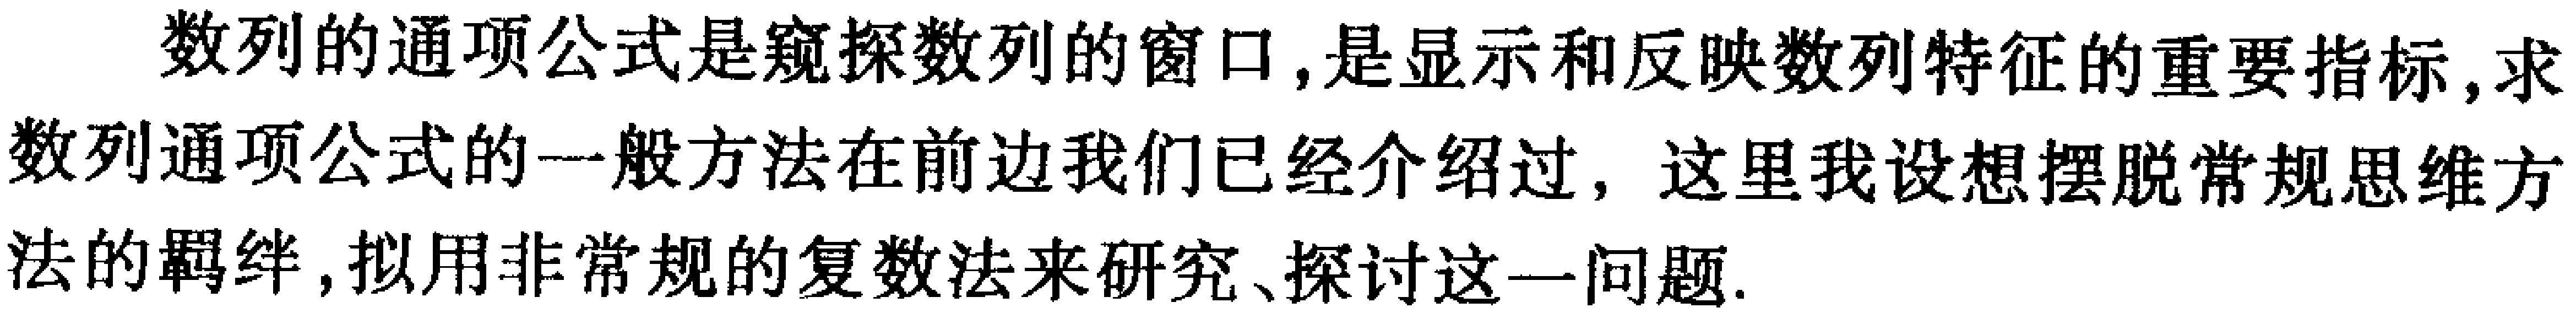
数列的通项公式是窥探数列的窗口, 是显示和反映数列特征的重要指标, 求数列通项公式的一般方法在前边我们已经介绍过, 这里我设想摆脱常规思维方法的羁绊, 拟用非常规的复数法来研究、探讨这一问题.